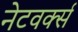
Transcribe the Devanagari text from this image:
नेटवर्क्‍स